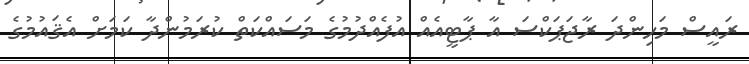
ރައީސް މަހިންދަ ރާޖަޕަކްސަ އާ ޕާޓީއެއް އުފެއްދުމުގެ މަސައްކަތް ކުރަމުންދާ ކަމަށް އެޤައުމުގެ